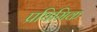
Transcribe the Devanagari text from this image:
प्रथिमिक